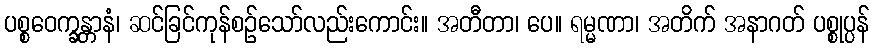
ပစ္စဝေက္ခန္တာနံ၊ ဆင်ခြင်ကုန်စဉ်သော်လည်းကောင်း။ အတီတာ၊ ပေ။ ရမ္မဏာ၊ အတိက် အနာဂတ် ပစ္စုပ္ပန်